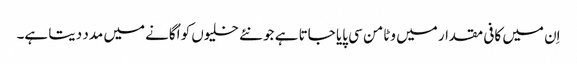
اِن میں کافی مقدار میں وٹامن سی پایا جاتا ہے جو نئے خلیوں کو اُگانے میں مدد دیتا ہے۔